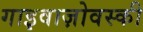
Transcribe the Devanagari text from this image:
गाइवाज़ोवस्की